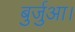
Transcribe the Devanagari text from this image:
बुर्जुआ।